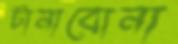
টানাবোনা